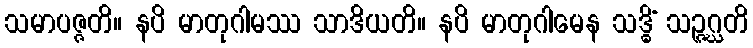
သမာပဇ္ဇတိ။ နပိ မာတုဂါမဿ သာဒိယတိ။ နပိ မာတုဂါမေန သဒ္ဓိံ သဉ္ဇဂ္ဃတိ